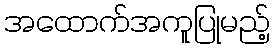
အထောက်အကူပြုမည့်